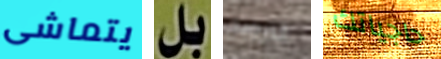
يتماشى بل الترويج حاجياتك